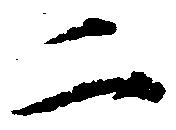
二